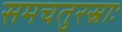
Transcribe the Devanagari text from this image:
समचतुरस्राः